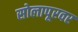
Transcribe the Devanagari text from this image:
सोलापूरवर